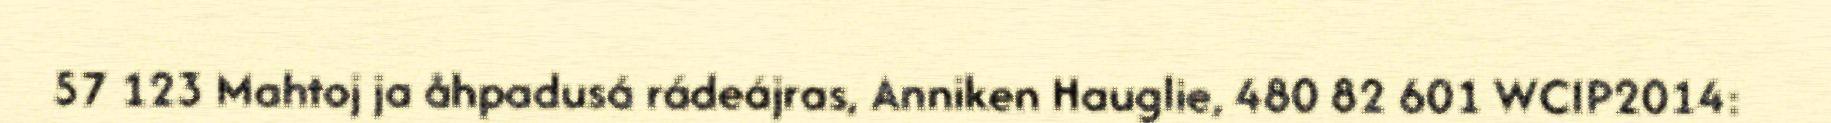
57 123 Mahtoj ja åhpadusá rádeájras, Anniken Hauglie, 480 82 601 WCIP2014: